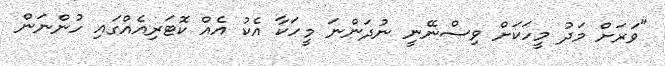
"ވަރަށް މަދު މީހަކަށް ވިސްނޭނީ ނުދަންނަ މީހަކާ އެކު އެއް ކޮޓަރިއެއްގައި ހުންނަން